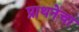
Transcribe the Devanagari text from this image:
प्राथनेचा